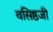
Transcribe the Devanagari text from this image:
वसिष्ठजी